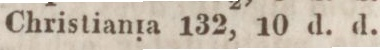
Christiania 132, 10 d. d.